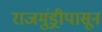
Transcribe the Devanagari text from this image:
राजमुंड्रीपासून